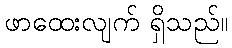
ဖာထေးလျက် ရှိသည်။